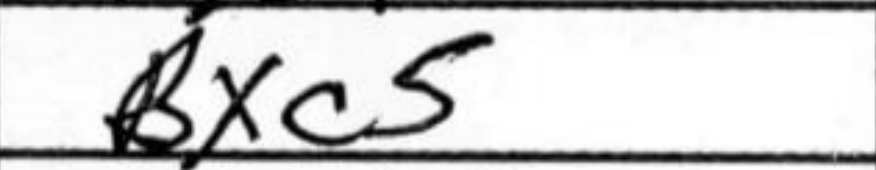
Transcription: Bxc5